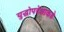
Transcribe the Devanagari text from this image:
युद्धोपदेशाकडे